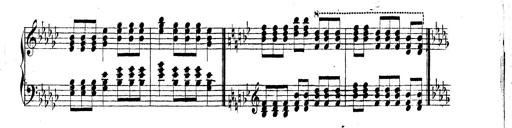
Title: Technische Studien
Composer: Franz Liszt